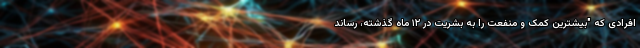
افرادی که "بیشترین کمک و منفعت را به بشریت در ۱۲ ماه گذشته، رساند